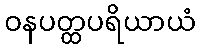
ဝနပတ္ထပရိယာယံ